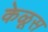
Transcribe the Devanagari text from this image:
केळूस